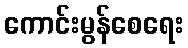
ကောင်းမွန်စေရေး